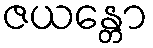
ဇယန္တော